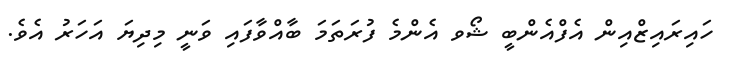
ހައިރައިޒްއިން އެފްއެންބީ ޝޯވ އެންމެ ފުރަތަމަ ބާއްވާފައި ވަނީ މިދިޔަ އަހަރު އެވެ.